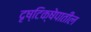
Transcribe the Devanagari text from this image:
दृष्टिक्षेपातील